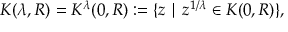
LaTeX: K ( \lambda , R ) = K ^ { \lambda } ( 0 , R ) : = \{ z \mid z ^ { 1 / \lambda } \in K ( 0 , R ) \} ,